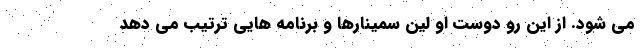
می شود. از این رو دوست او لین سمینارها و برنامه هایی ترتیب می دهد